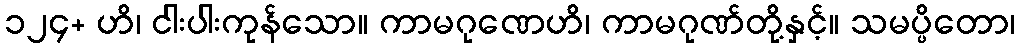
၁၂၄+ ဟိ၊ ငါးပါးကုန်သော။ ကာမဂုဏေဟိ၊ ကာမဂုဏ်တို့နှင့်။ သမပ္ပိတော၊